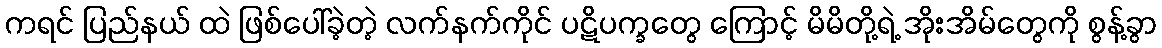
ကရင် ပြည်နယ် ထဲ ဖြစ်ပေါ်ခဲ့တဲ့ လက်နက်ကိုင် ပဋိပက္ခတွေ ကြောင့် မိမိတို့ရဲ့ အိုးအိမ်တွေကို စွန့်ခွာ